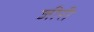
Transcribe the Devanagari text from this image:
जीरी